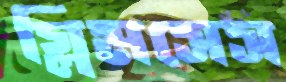
গ্লিমসেস